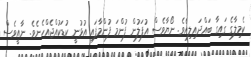
ކެމިލާގެ ގައިގާ ބައްދައިލިއެވެ. ނޯޔާވެސް އުފަލުން ފުންމަ ފުންމާފައި އުޅުނީ ކުޑަކުއްޖެއްހެނެވެ. ނާއީވެސް